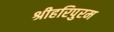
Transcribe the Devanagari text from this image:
श्रीहरिपुरम